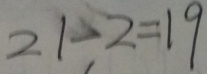
2 1 - 2 = 1 9